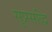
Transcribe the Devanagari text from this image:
सुप्रसद्धि